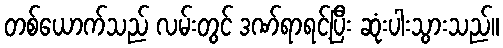
တစ်ယောက်သည် လမ်းတွင် ဒဏ်ရာရင့်ပြီး ဆုံးပါးသွားသည်။